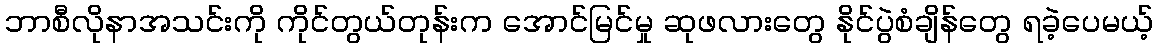
ဘာစီလိုနာအသင်းကို ကိုင်တွယ်တုန်းက အောင်မြင်မှု ဆုဖလားတွေ နိုင်ပွဲစံချိန်တွေ ရခဲ့ပေမယ့်